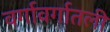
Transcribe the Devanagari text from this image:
वर्गावर्गातली